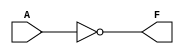
module KMapCombLogic (
    input wire A, // Single variable input
    output wire F // Output of the logic function
);

// Define the logic function based on the input A
// You can change the implementation of F according to the truth table desired

// Example implementations based on the K-map variations described in the document:
// Uncomment the desired implementation
//
// Constant Zero
// assign F = 0; 

// Constant One
// assign F = 1;

// Identity function
// assign F = A;

// NOT function
assign F = ~A;

// You can also include more complex combinations of A if needed:
// Example for F = A + 1 (this would always output 1, similar to constant one)
// assign F = A | 1;

// Example for F = A & 0 (this would always output 0, similar to constant zero)
// assign F = A & 0;

endmodule